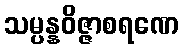
သမ္ပန္နဝိဇ္ဇာစရဏေ